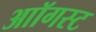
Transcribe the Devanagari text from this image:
आॉगस्ट